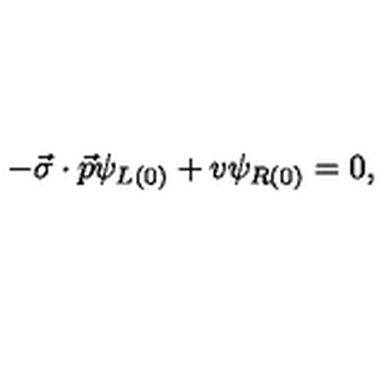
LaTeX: - \vec { \sigma } \cdot \vec { p } \psi _ { L ( 0 ) } + v \psi _ { R ( 0 ) } = 0 ,